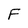
Character: F